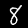
Digit: 8